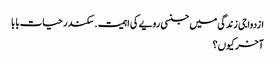
ازدواجی زندگی میں جنسی رویے کی اہمیت . سکندر حیات بابا
آخر کیوں ؟